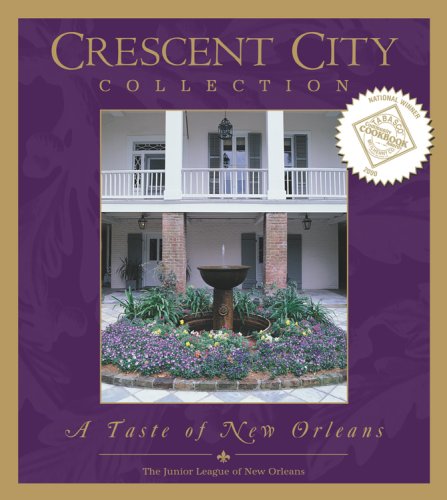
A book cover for Crescent City Collection: A Taste of New Orleans; Junior League of New Orleans; Cookbooks, Food & Wine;